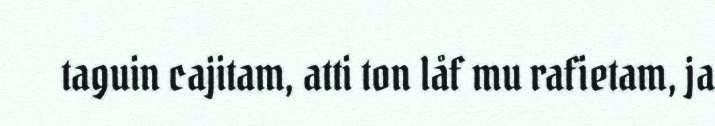
taguin cajitam, atti ton låf mu rafietam, ja